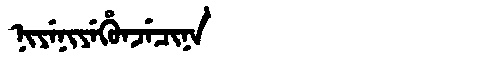
Manchu: ᠨᡳᠶᡝᠨᡳᠶᡝᡥᡠᠨᠵᡝᠴᡳᠨᠠ
Romanization: NIYENIYEHUNJECINA